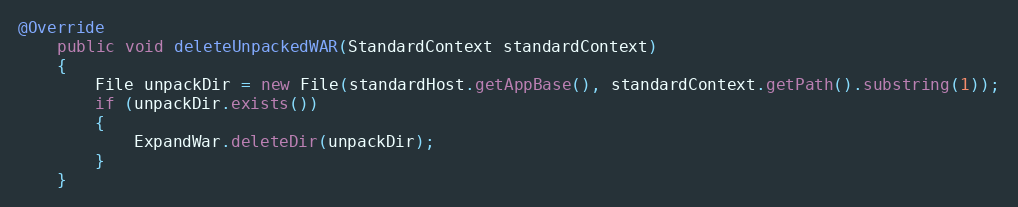
Language: Java
@Override
    public void deleteUnpackedWAR(StandardContext standardContext)
    {
        File unpackDir = new File(standardHost.getAppBase(), standardContext.getPath().substring(1));
        if (unpackDir.exists())
        {
            ExpandWar.deleteDir(unpackDir);
        }
    }